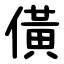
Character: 僙